Welfare of youth, 1940
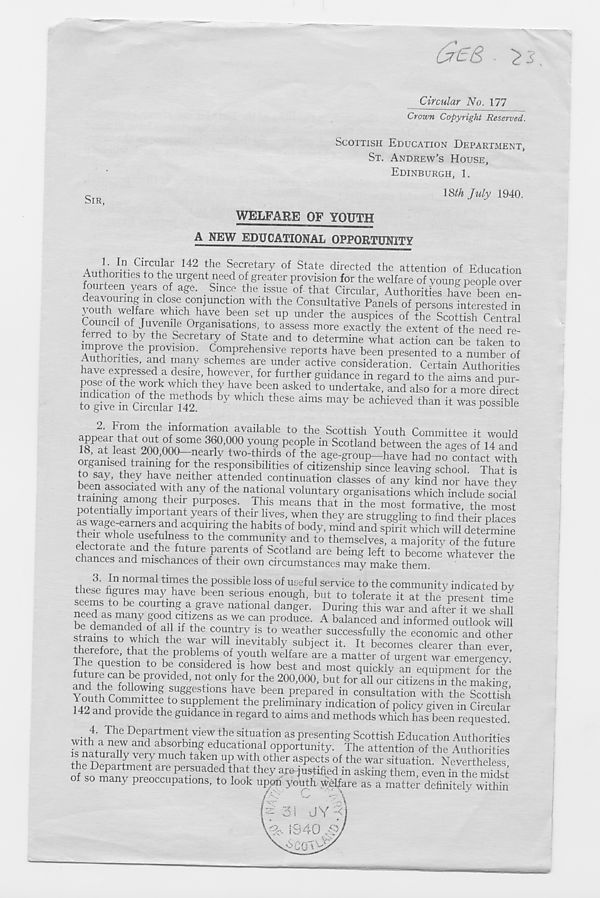
Circular No. Ill
SIR,
Crown Copyright Reserved.
SCOTTISH EDUCATION DEPARTMENT,
ST. ANDREW’S HOUSE,
EDINBURGH, 1.
\Sth July 1940.
WELFARE OF YOUTH
A NEW EDUCATIONAL OPPORTUNITY
A „l-
Clrcu ar 142 Ae Secretary of State directed the attention of Education
Authorities to the urgent need of greater provision for the welfare of young people over
fourteen years of age. Since the issue of that Circular. Authorities hive been In
deayounng in close conjunction with the Consultative Panels of persons interested in
youth welfare which have been set up under the auspices of the Scottish Central
Council of Juvenile Organisations, to assess more exactly the extent of the need re
ferred to by the Secretary of State and to determine what action can be taken to
A?,tW-V he pr°vls ' on ' Comprehensive reports have been presented to a number If
ith ties, 01 . K ™ a ny schemes are under active consideration. Certain Authorities
have expressed a desire, however, for further guidance in regard to the aims and our
pose of the work which they have been asked to undertake, fnd ako for I mom dimct"
to'give'in arclL" 1 !^0^ ^ Whldl 01636 a ™ S may be achieved th an it was possible
2. From the information available to the Scottish Youth Committee it would
18 P at r ie^at 900
3y0^ pe°ple in Scotland between the ages of 14 and
18, at least 200,000—nearly two-thirds of the age-group—have had no contact with
organised training for the responsibilities of citizenship since leaving school That is
to say, they have neither attended continuation classes of any kind nor have they
een associated with any of the national voluntary organisations which include social
training among their purposes. This means that in the most formative, the most
po entially important years of their lives, when they are struggling to find their places
as wage-earners and acquiring the habits of body, mind and spirit which will determine
r Wh t°l e T j Uln f! t0 the communit y and to themselves, a majority of the future
electoral and the future parents of Scotland are being left to become whatever the
chances and mischances of their own circumstances may make them.
fhp 3 ’ I" normal t ™ es th
1
e P ossl ble loss of useful service to the community indicated by
these figures may have been serious enough, but to tolerate it at thepresent time
seems to be courting a grave national danger. During this war and aftfr it we shall
be demanded
U
^ T ^ produce - A balanced and informed outlook will
be demanded of all if the country is to weather successfully the economic and other
strains to which the war will inevitably subject it. It becomes clearer than ever
therefore that the problems of youth welfare are a matter of urgent war emergency’
The question to be considered is how best and most quickly an equipment for the
IndTheTr U e pr0Vlded ’
onl y for tpe 200,000, but for all our citizens in the making
and the following suggestions have been prepared in consultation with the Scottish
Youth Committee to supplement the preliminary indication of policy given in Circular
and provide the guidance m regard to aims and methods which has been requested.
4. The Department view the situation as presenting Scottish Education Authorities
is naturally tefvmuch 7 k eduCati< ?! al
+°P P°rtunity. The attention of the Authorities
is naturally very much taken up with other aspects of the war situation. Nevertheless
e epartment are persuaded that they aro justified in asking them, even in the midst
so many preoccupations, to look upon youth. Welfare as a matter definitely within